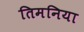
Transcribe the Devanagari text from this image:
तिमनिया